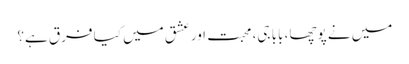
میں نے پوچھا، بابا جی، محبت اور عشق میں کیا فرق ہے؟